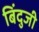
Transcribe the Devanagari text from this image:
बिंदुजी